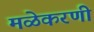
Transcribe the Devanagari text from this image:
मळेकरणी